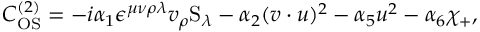
C _ { \mathrm { O S } } ^ { ( 2 ) } = - i \alpha _ { 1 } \epsilon ^ { \mu \nu \rho \lambda } v _ { \rho } \mathrm { S } _ { \lambda } - \alpha _ { 2 } ( v \cdot u ) ^ { 2 } - \alpha _ { 5 } u ^ { 2 } - \alpha _ { 6 } \chi _ { + } ,